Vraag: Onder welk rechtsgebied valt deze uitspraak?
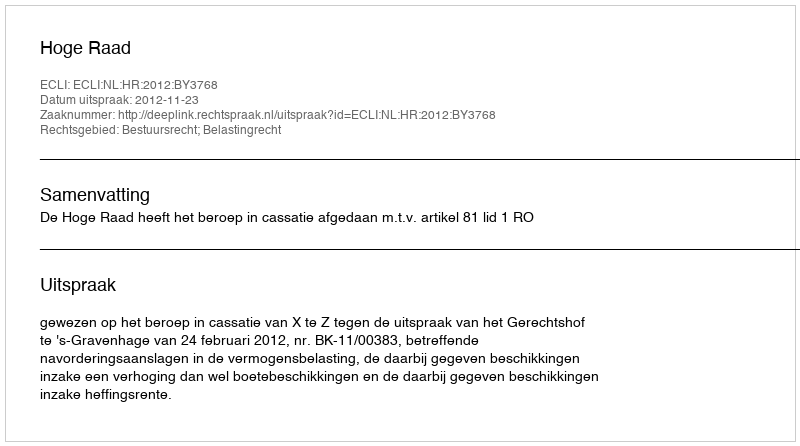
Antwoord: Bestuursrecht; Belastingrecht